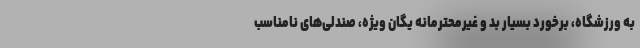
به ورزشگاه، برخورد بسیار بد و غیرمحترمانه یگان ویژه، صندلی‌های نامناسب